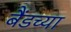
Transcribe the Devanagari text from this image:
बैंडच्या